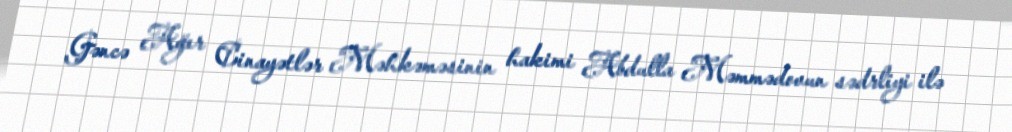
Gəncə Ağır Cinayətlər Məhkəməsinin hakimi Abdulla Məmmədovun sədrliyi ilə